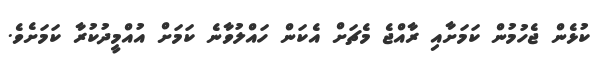
ކުޅެން ޖެހުމުން ކަމަށާއި ރާއްޖެ މެޗަށް އެކަން ހައްލުވާނެ ކަމަށް އުއްމީދުކުރާ ކަމަށެވެ.